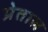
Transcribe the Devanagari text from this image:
प्रेताल